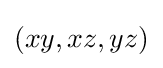
(xy,xz,yz)